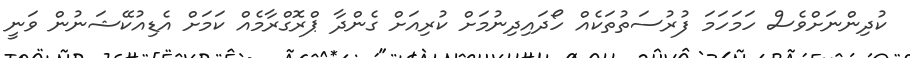
ކުދިންނަށްވެސް ހަމަހަމަ ފުރުސަތުތަކެއް ހޯދައިދިނުމަށް ކުރިއަށް ގެންދާ ޕްރޮގްރާމެއް ކަމަށް އެޑިއުކޭޝަނުން ވަނީ